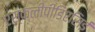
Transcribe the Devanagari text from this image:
एस्क्लीपीडिएसिई